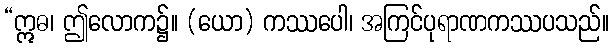
“ဣဓ၊ ဤလောက၌။ (ယော) ကဿပေါ၊ အကြင်ပုရာဏကဿပသည်။